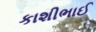
કાશીભાઈ